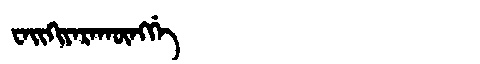
Manchu: ᠸᠠᡳᡴᡳᠶᠠᡵᠠᡴᡡᠩᡤᡝ
Romanization: WAIKIYARAKŪNGGE